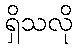
ရှိသလို